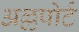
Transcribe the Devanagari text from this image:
अल्लपोर्ट